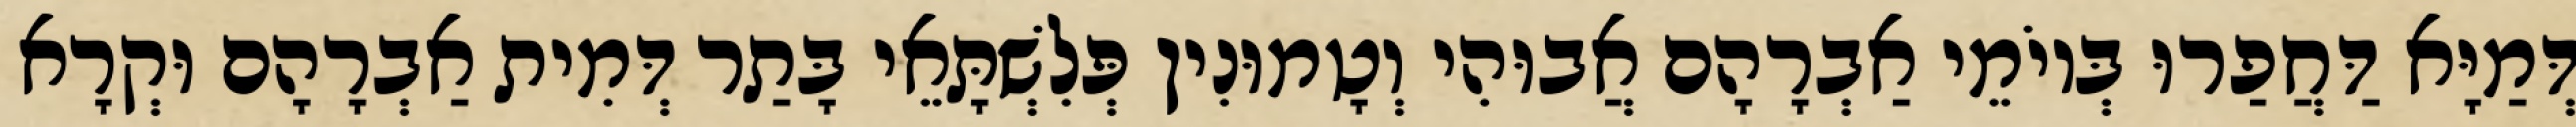
דְּמַיָּא דַּחֲפַרוּ בְּיוֹמֵי אַבְרָהָם אֲבוּהִי וְטָמוּנִין פְּלִשְׁתָּאֵי בָּתַר דְּמִית אַבְרָהָם וּקְרָא